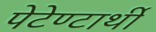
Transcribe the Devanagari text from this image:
पेटेण्टार्थी